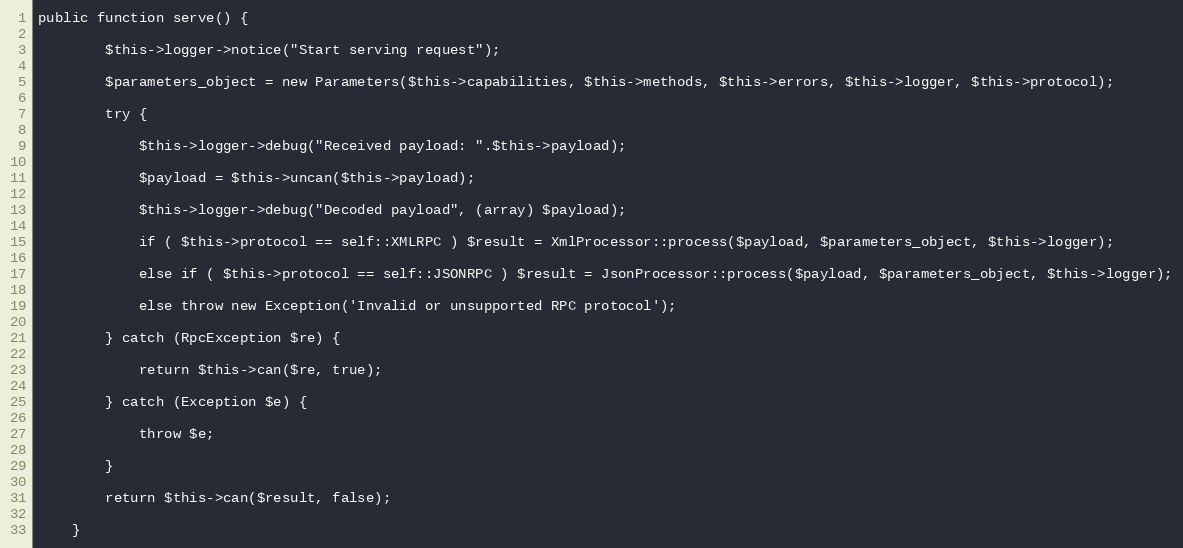
Language: PHP
public function serve() {

        $this->logger->notice("Start serving request");

        $parameters_object = new Parameters($this->capabilities, $this->methods, $this->errors, $this->logger, $this->protocol);

        try {

            $this->logger->debug("Received payload: ".$this->payload);

            $payload = $this->uncan($this->payload);

            $this->logger->debug("Decoded payload", (array) $payload);

            if ( $this->protocol == self::XMLRPC ) $result = XmlProcessor::process($payload, $parameters_object, $this->logger);

            else if ( $this->protocol == self::JSONRPC ) $result = JsonProcessor::process($payload, $parameters_object, $this->logger);

            else throw new Exception('Invalid or unsupported RPC protocol');

        } catch (RpcException $re) {

            return $this->can($re, true);

        } catch (Exception $e) {

            throw $e;

        }

        return $this->can($result, false);

    }